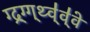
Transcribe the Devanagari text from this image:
ग्द्र्ग्ग्थ्व्॑व्॑वे